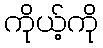
ကိုယ့်ကို